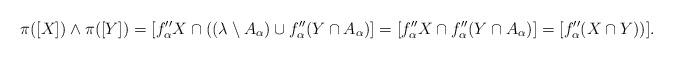
LaTeX: \begin{align*} \pi([X])\wedge \pi([Y])= [f_\alpha'' X\cap ((\lambda\setminus A_\alpha)\cup f_\alpha''(Y\cap A_\alpha)] = [f_\alpha'' X \cap f''_\alpha(Y\cap A_\alpha)]= [f_\alpha'' (X\cap Y))].\end{align*}